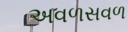
અવળસવળ